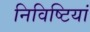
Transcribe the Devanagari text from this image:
निविष्टियां